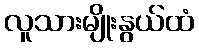
လူသားမျိုးနွယ်ထံ